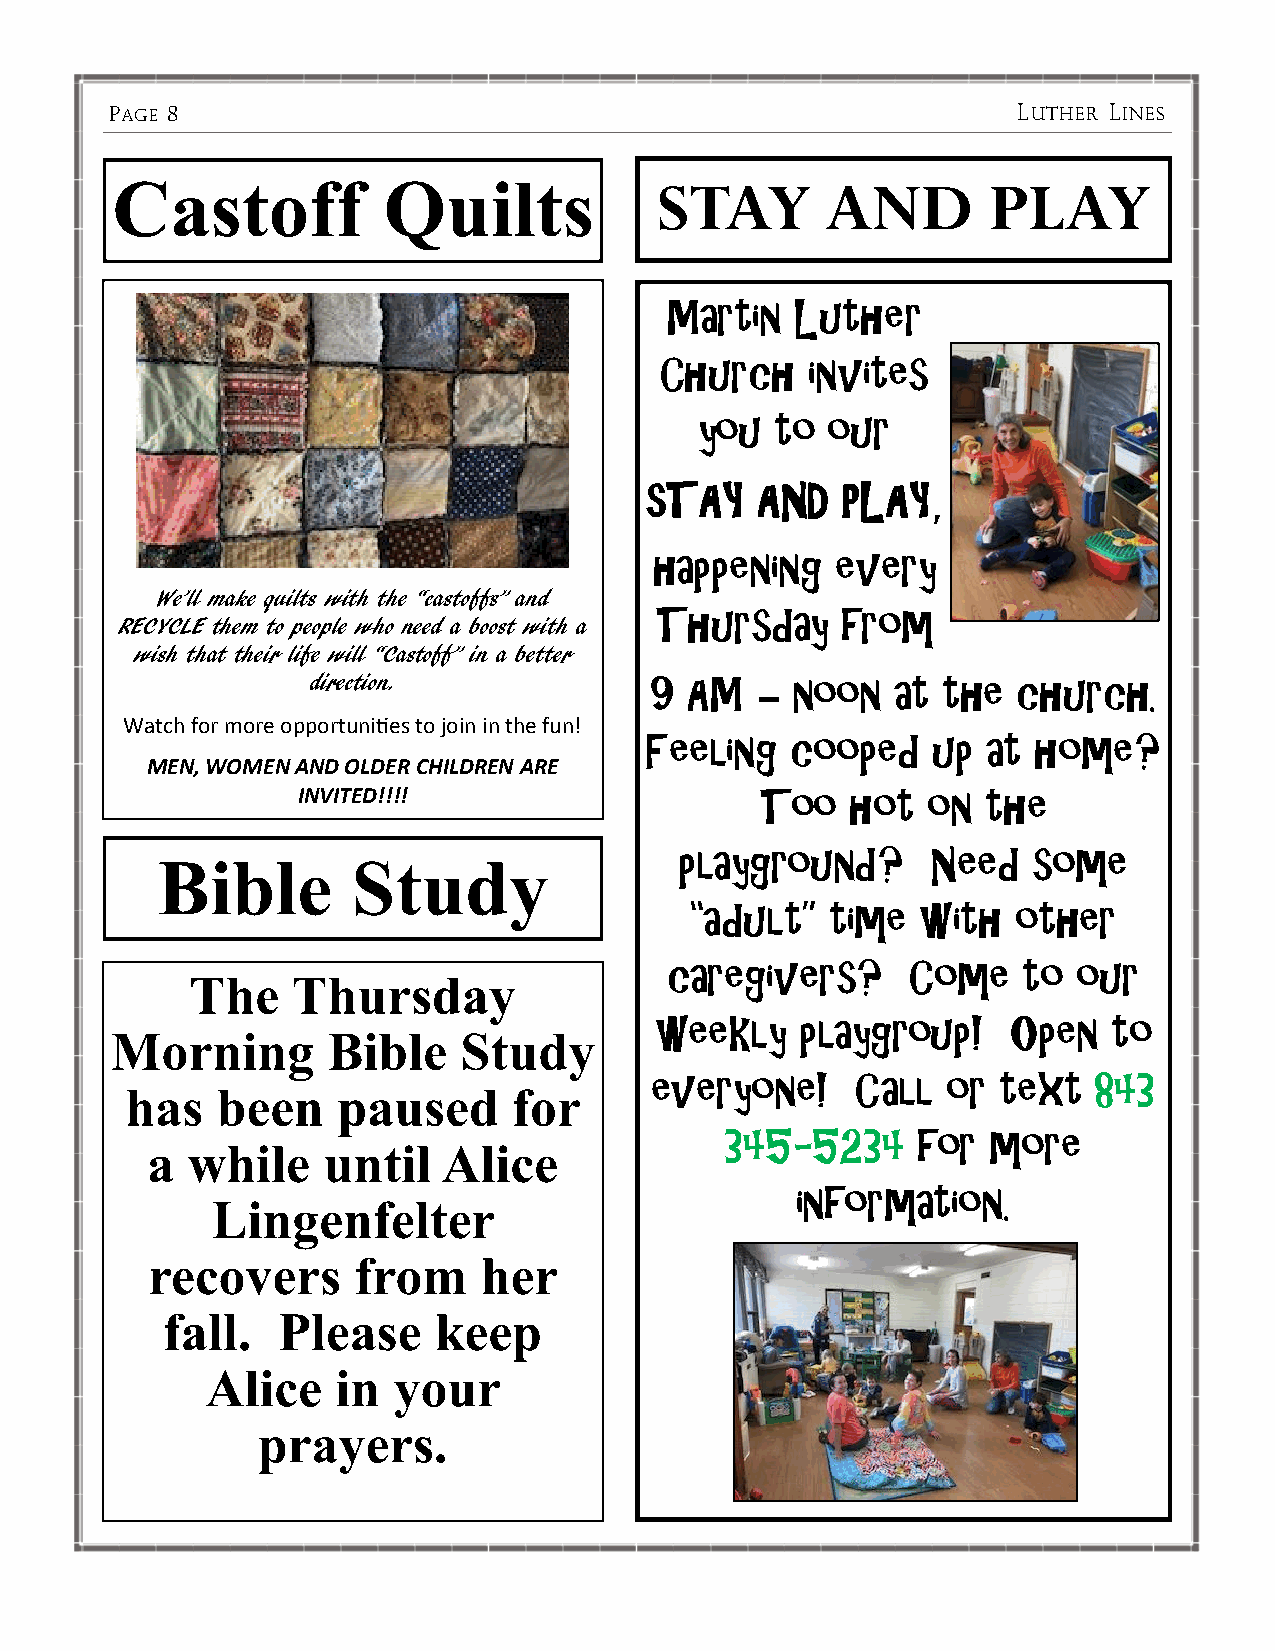
PAGE 8                                                      LUTHER LINES
 Castoff           Quilts            STAY        AND       PLAY
 Martin   Luther
 Church    invites
 you  to  our
 sTAY   AND   PLAY,
 happening   every
 We’ll make quilts with the “castoffs” and
 Thursday     from
 RECYCLE them to people who need a boost with a
 wish that their life will “Castoff” in a better
 direction.
 9  AM  – noon   at the  church.
 Watch for more opportunities to join in the fun!
 Feeling  cooped    up at  home?
 MEN, WOMEN AND OLDER CHILDREN ARE
 INVITED!!!!
 Too   hot  on  the
 Bible        Study                 playground?      Need  some
 “adult”  time  with  other
 caregivers?     Come    to our
 The   Thursday
 weekly    playgroup!    Open   to
 Morning        Bible   Study
 everyone!     Call  or text   843
 has   been    paused      for
 345-5234     for  more
 a while    until   Alice
 information.
 Lingenfelter
 recovers     from     her
 fall.  Please     keep
 Alice   in  your
 prayers.